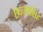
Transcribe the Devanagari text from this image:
छज्जासिंह